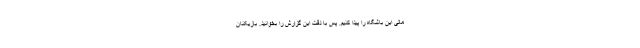
مالی این باشگاه را پیدا کنیم. پس با دقت این گزارش را بخوانید. بازیکنان